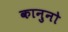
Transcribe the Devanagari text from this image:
कानुनो